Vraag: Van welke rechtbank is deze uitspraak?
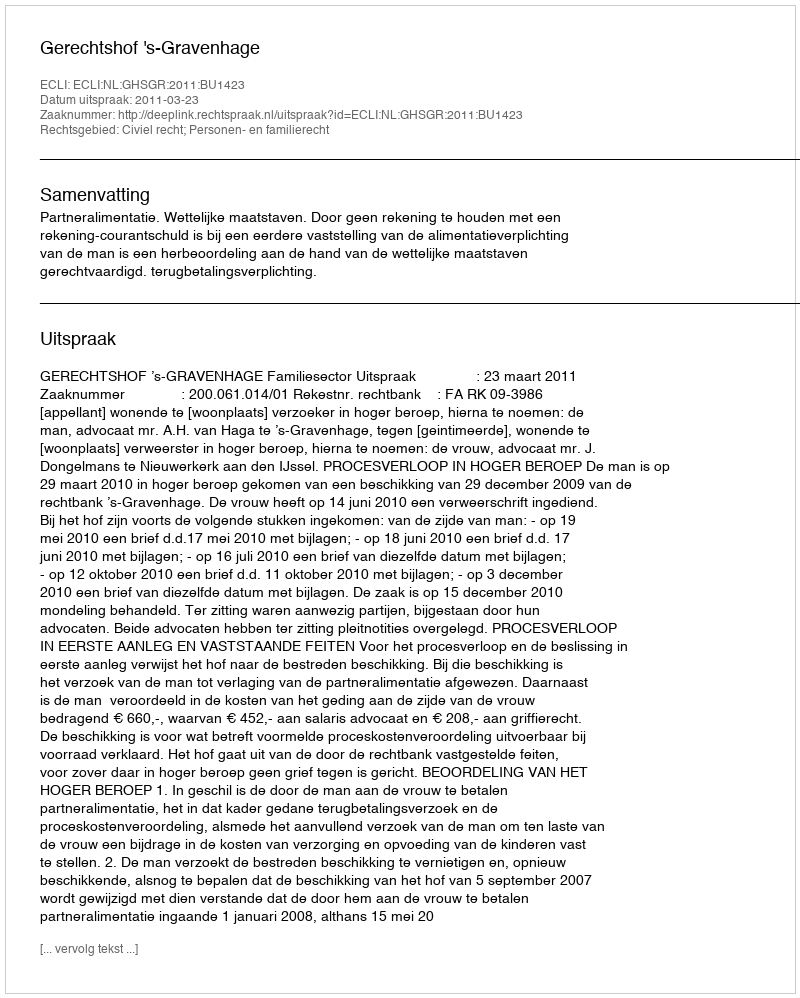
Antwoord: Gerechtshof 's-Gravenhage